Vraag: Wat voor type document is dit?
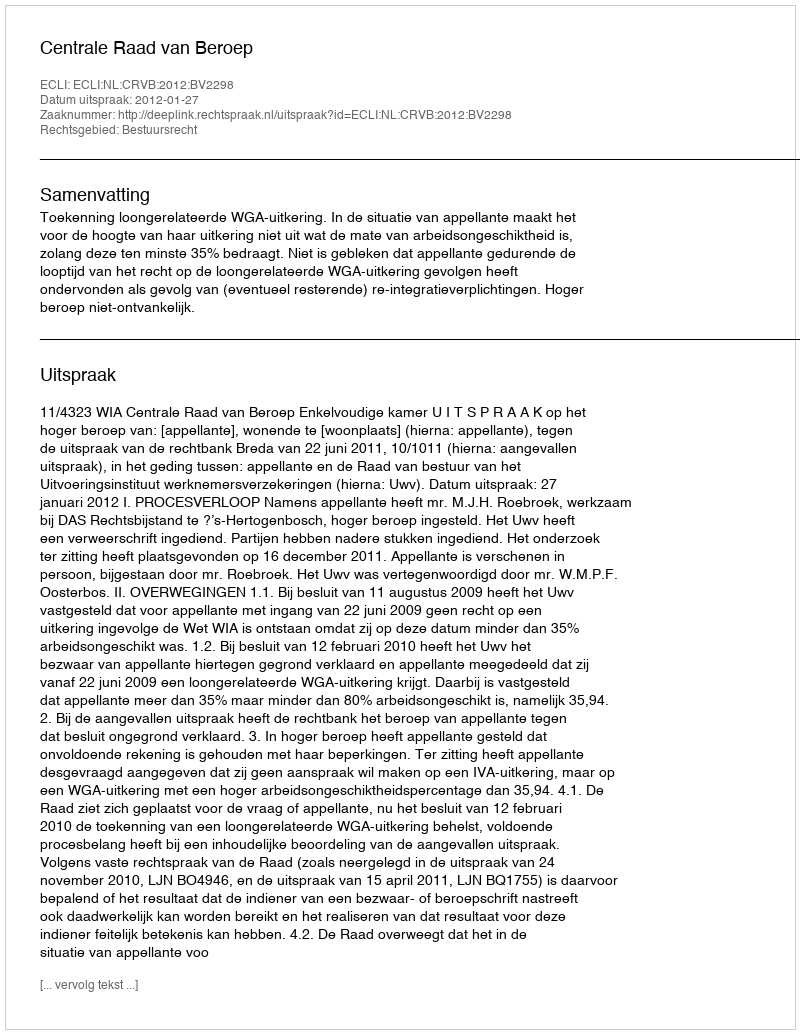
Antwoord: Uitspraak